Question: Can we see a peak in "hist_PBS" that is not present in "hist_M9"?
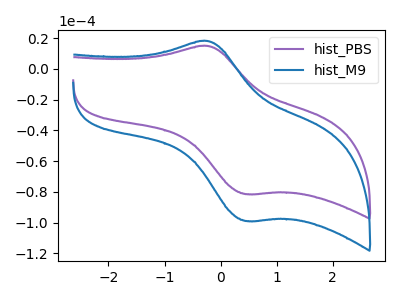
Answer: <think>The purple curve "hist_PBS" has an anodic peak at (-0.25V, 14.90uA) and a cathodic peak at (0.45V, -81.40uA). The blue curve "hist_M9" has an anodic peak at (-0.25V, 18.10uA) and a cathodic peak at (0.45V, -98.90uA).
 All the peaks in "hist_PBS" have a peak in "hist_M9" at the same potential. Every peak in "hist_PBS" is lower than every peak in "hist_M9".</think>
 <answer>No, "hist_PBS" and "hist_M9" don't appear to be significantly different in shape</answer>
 <eval>no_change</eval>